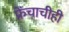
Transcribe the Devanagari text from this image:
फ्रेंचाचीही